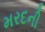
મરદની